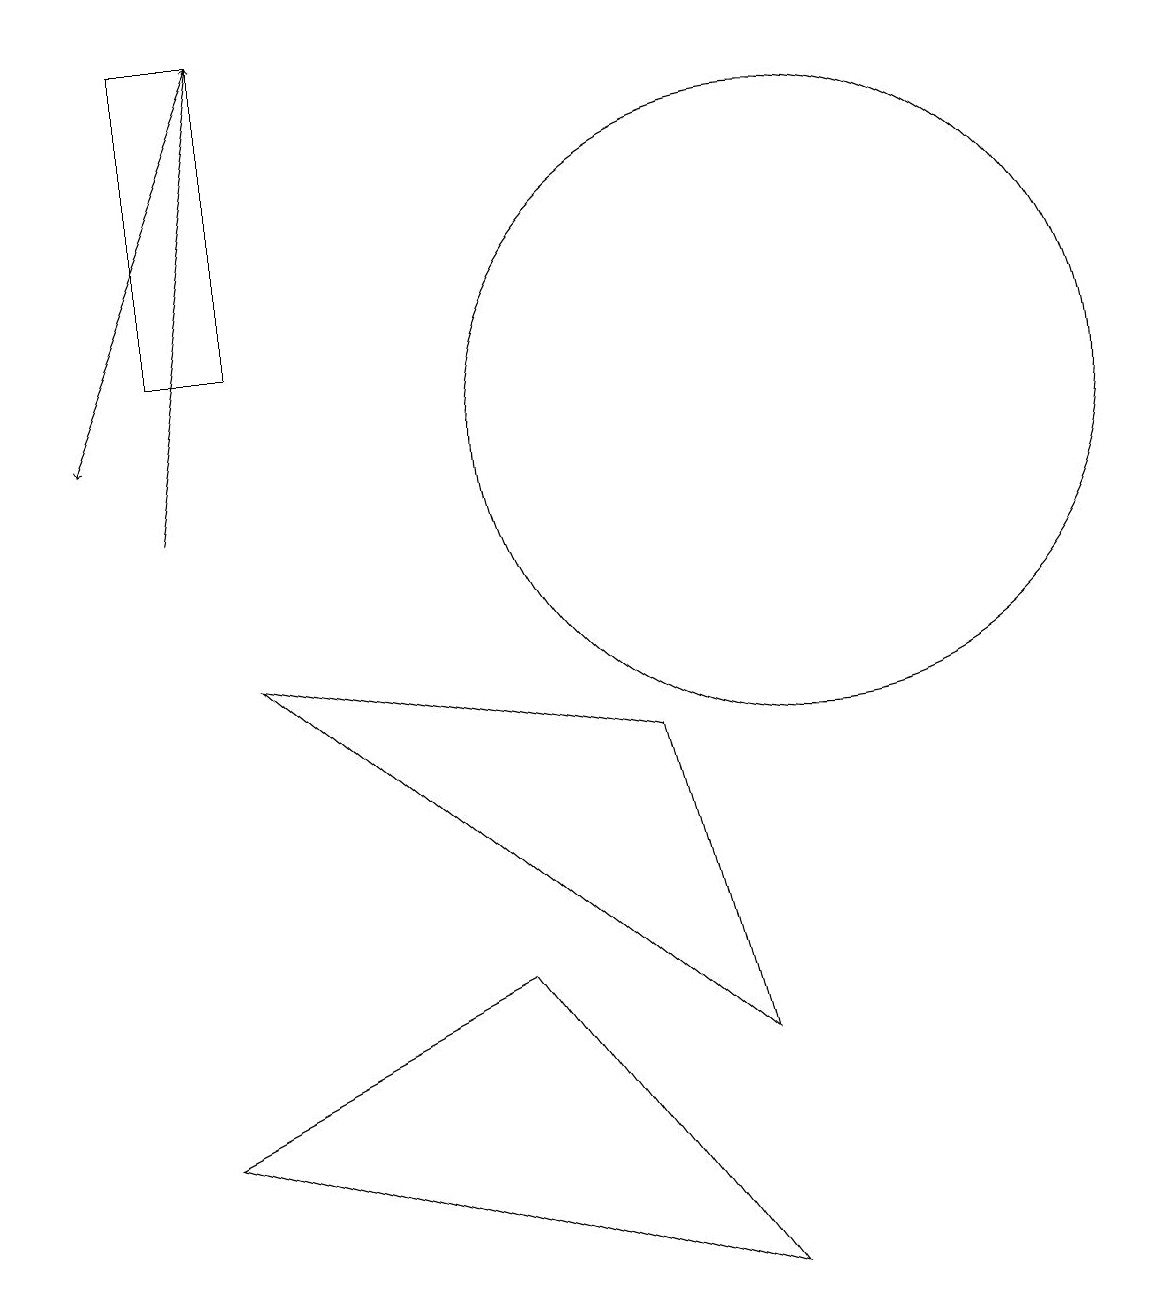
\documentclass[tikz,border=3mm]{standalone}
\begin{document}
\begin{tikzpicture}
\draw[->] (3,17) -- (1,12);
\draw (3,13) rectangle (2,17);
\draw[->] (2,11) -- (3,17);
\draw (8,8) -- (3,9) -- (9,4) -- cycle;
\draw (9,1) -- (2,3) -- (6,5) -- cycle;
\draw[->] (0,17) -- (0,15);
\draw (10,12) circle (4);
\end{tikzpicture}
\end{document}